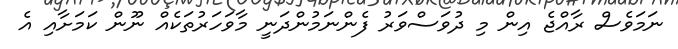
ނަމަވެސް ރާއްޖެ އިން މި ދުވަސްވަރު ފެންނަމުންދަނީ މާވަހަރުތަކެއް ނޫން ކަމަށާއި އެ